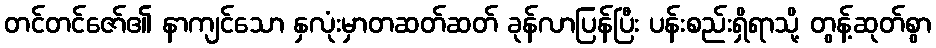
တင်တင်ဇော်၏ နာကျင်သော နှလုံးမှာတဆတ်ဆတ် ခုန်လာပြန်ပြီး ပန်းစည်းရှိရာသို့ တွန့်ဆုတ်စွာ